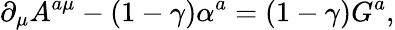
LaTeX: \partial_{\mu}A^{a\mu}-(1-\gamma)\alpha^{a}=(1-\gamma)G^{a},